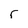
Character: r